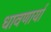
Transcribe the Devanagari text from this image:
धावणार्या